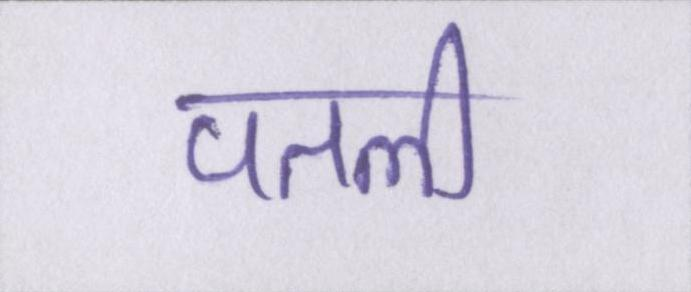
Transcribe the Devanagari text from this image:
पतली